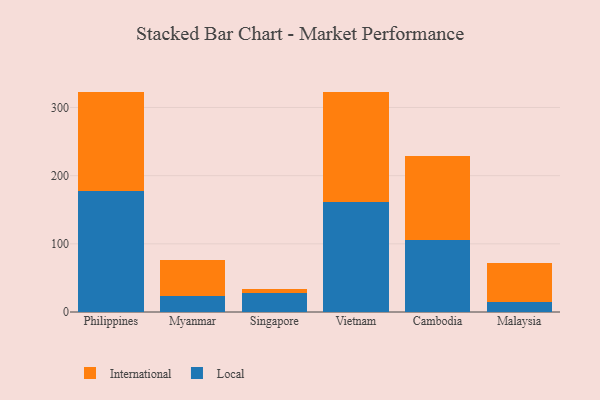
{"axis": {"x": "Country", "y": "Bounce Rate (%)"}, "legend": ["International", "Local"], "data": [{"x": "Philippines", "y": 177.0, "type": "Local"}, {"x": "Philippines", "y": 146.3, "type": "International"}, {"x": "Myanmar", "y": 23.7, "type": "Local"}, {"x": "Myanmar", "y": 52.3, "type": "International"}, {"x": "Singapore", "y": 27.5, "type": "Local"}, {"x": "Singapore", "y": 6.3, "type": "International"}, {"x": "Vietnam", "y": 161.6, "type": "Local"}, {"x": "Vietnam", "y": 160.6, "type": "International"}, {"x": "Cambodia", "y": 105.0, "type": "Local"}, {"x": "Cambodia", "y": 123.6, "type": "International"}, {"x": "Malaysia", "y": 14.9, "type": "Local"}, {"x": "Malaysia", "y": 57.1, "type": "International"}]}